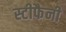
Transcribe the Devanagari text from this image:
स्टीफैनी